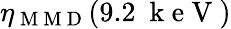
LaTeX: \eta_{\mathrm{~M~M~D~}}(9.2~\mathrm{~k~e~V~})